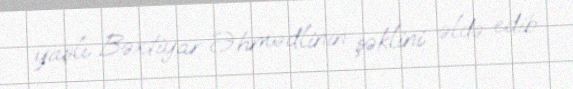
yaşlı Bəxtiyar Əhmədlinin şəklini əldə edib.